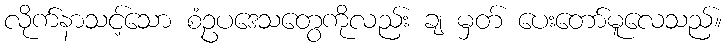
လိုက်နာသင့်သော စံဥပဒေသတွေကိုလည်း ချ မှတ် ပေးတော်မူလေသည်။